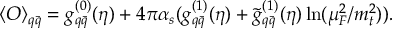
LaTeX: \langle { \cal O } \rangle _ { q \bar { q } } = g _ { q \bar { q } } ^ { ( 0 ) } ( \eta ) + 4 \pi \alpha _ { s } ( g _ { q \bar { q } } ^ { ( 1 ) } ( \eta ) + { \tilde { g } } _ { q \bar { q } } ^ { ( 1 ) } ( \eta ) \ln ( \mu _ { F } ^ { 2 } / m _ { t } ^ { 2 } ) ) .